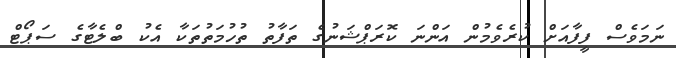
ނަމަވެސް ފީފާއަށް ކުރެވެމުން އަންނަ ކޮރަޕްޝަނުގެ ތަފާތު ތުހުމަތުތަކާ އެކު ބްލެޓާގެ ސަޕޯޓް